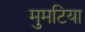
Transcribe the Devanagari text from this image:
मुमटिया